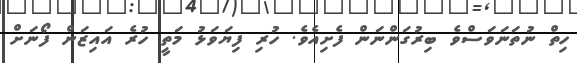
ހިތް ނުތަނަވަސްވެ ބިރުގަންނަން ފެށިއެވެ. ހުރި ފިޔަވަޅު މަތީ ހުރެ އައިޒަން ފޯނަށް